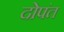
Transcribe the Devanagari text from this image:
दोपंत